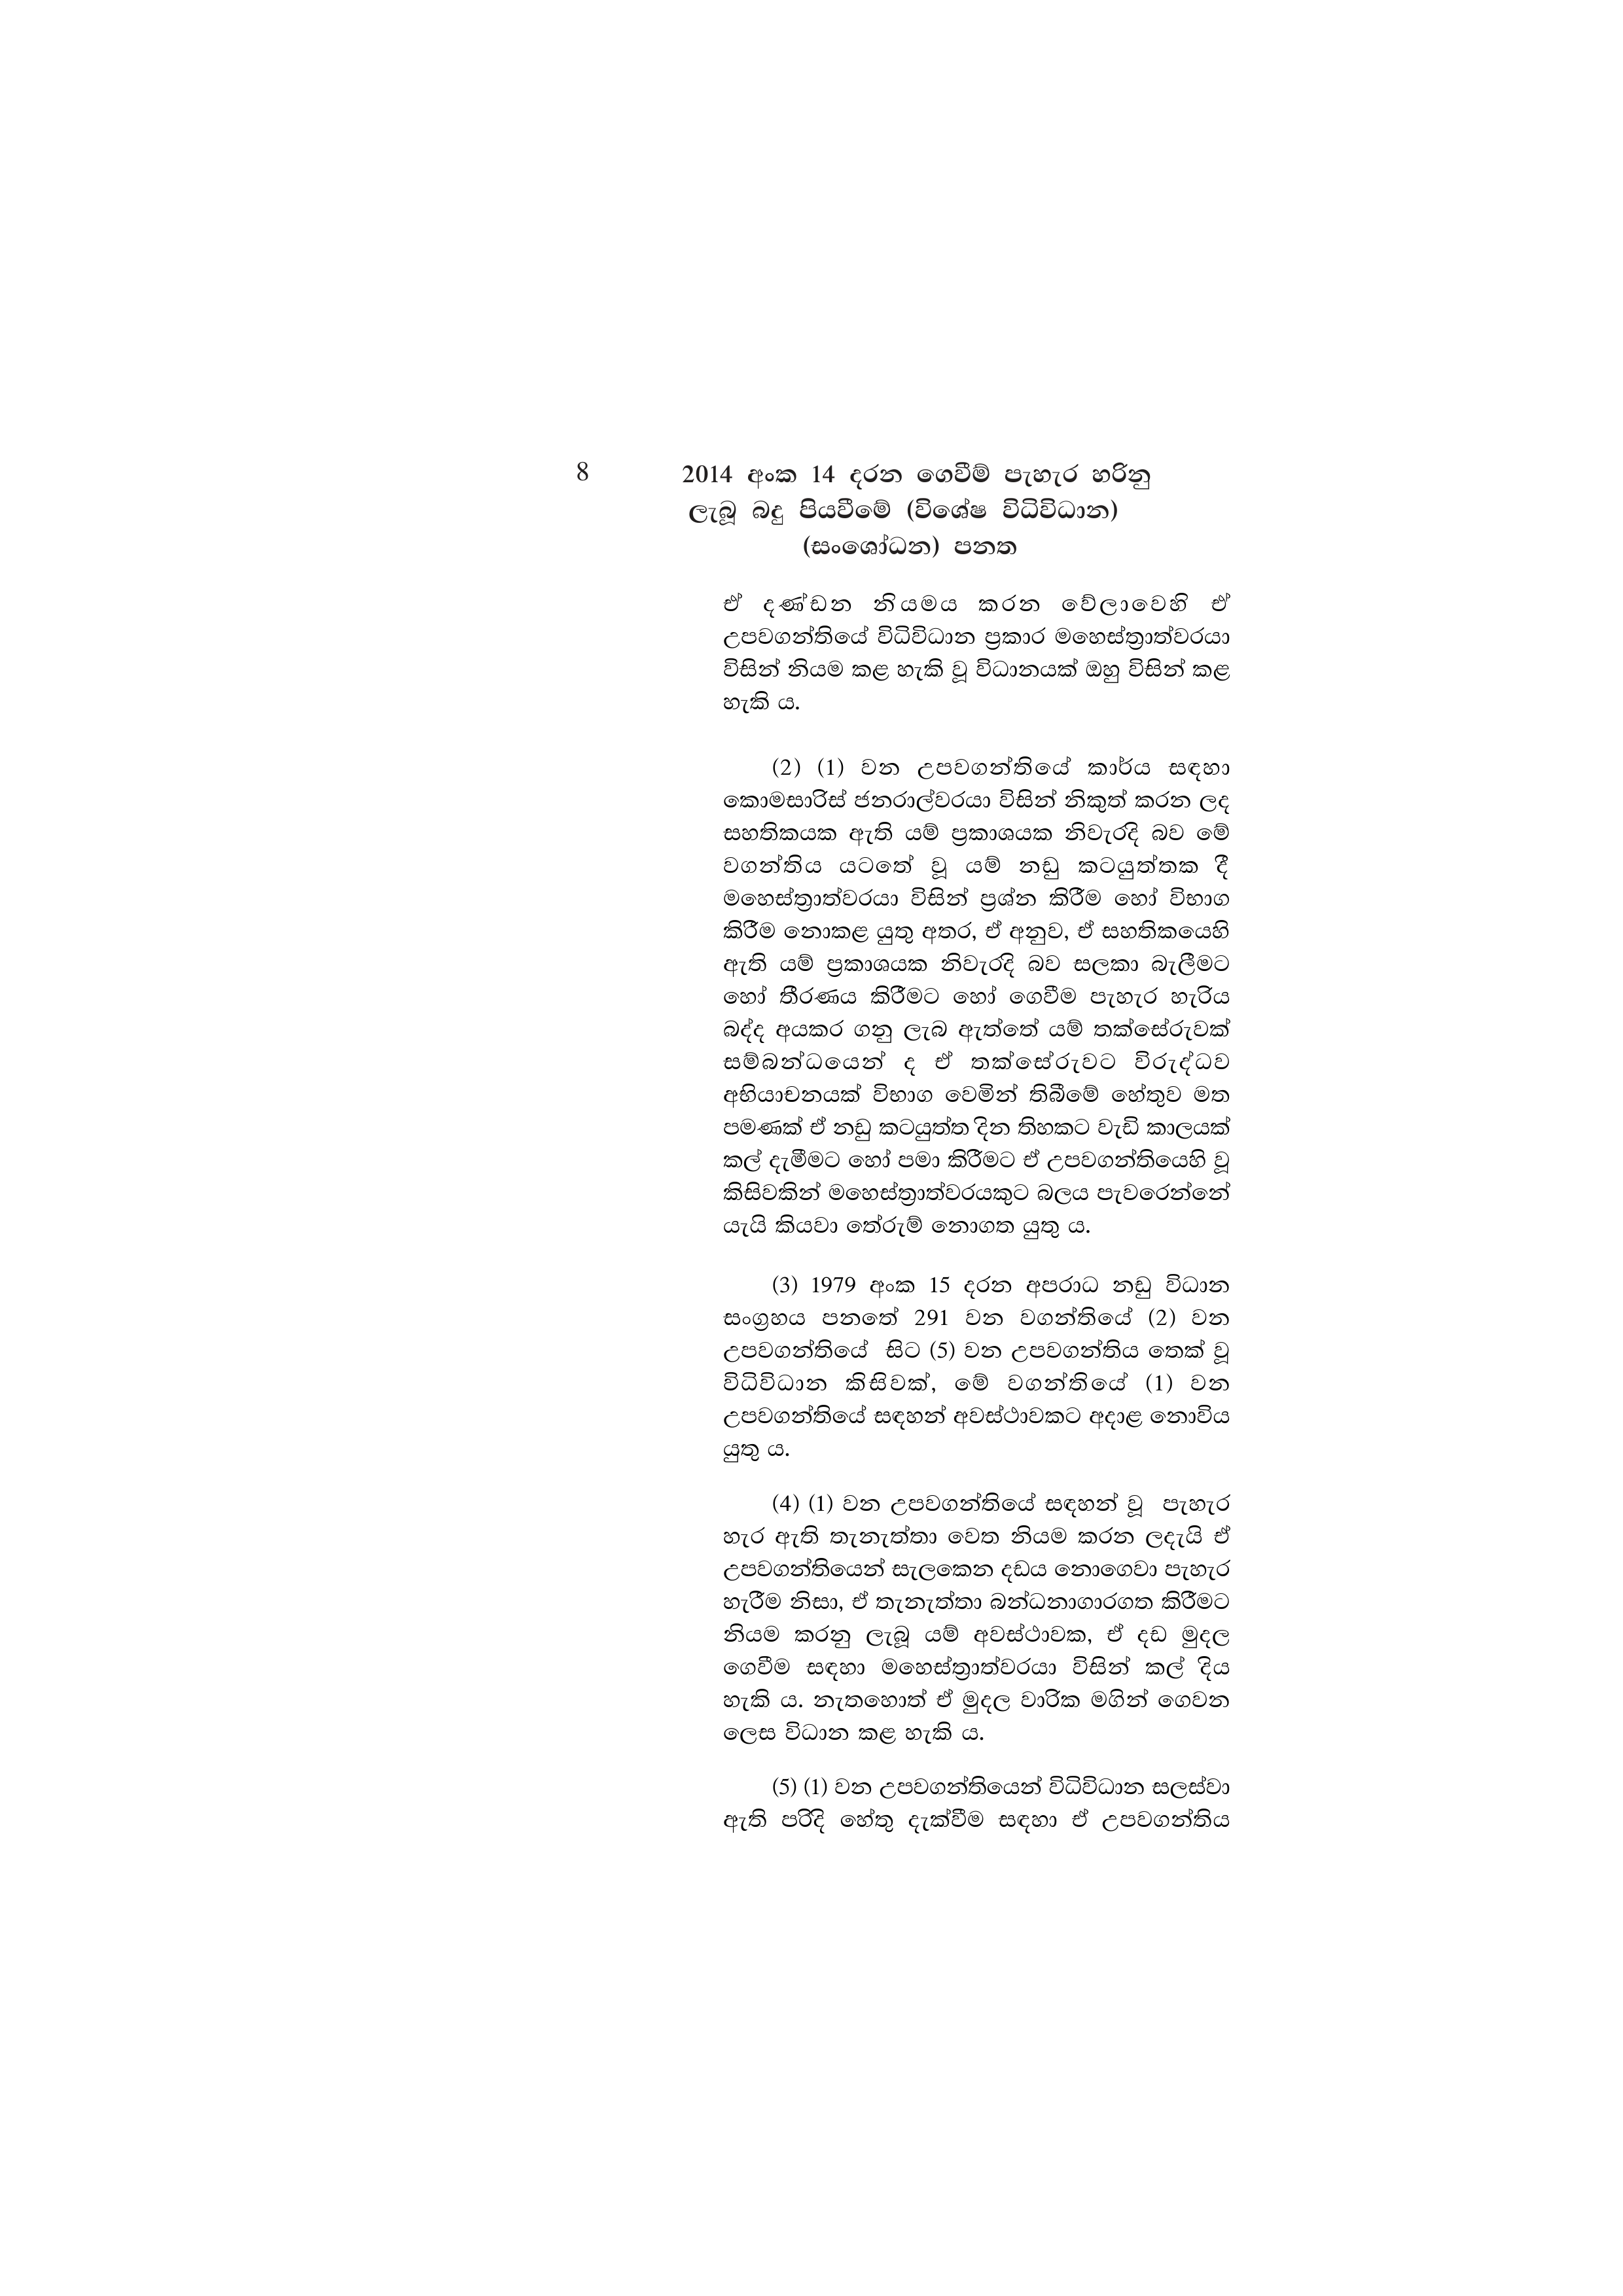
8 2014 අංක 14 දරන ගෙවීම් පැහැර හරිනු
ලැබූ බදු පියවීමේ (විශේෂ විධිවිධාන)
(සංශෝධන) පනත

ඒ දණ්ඩන නියමය කරන වේලාවෙහි ඒ
උපවගන්තියේ විධිවිධාන ප්‍රකාර මහෙස්ත්‍රාත්වරයා
විසින් නියම කළ හැකි වූ විධානයක් ඔහු විසින් කළ
හැකි ය.

(2) (1) වන උපවගන්තියේ කාර්ය සඳහා
කොමසාරිස් ජනරාල්වරයා විසින් නිකුත් කරන ලද
සහතිකයක ඇති යම් ප්‍රකාශයක නිවැරදි බව මේ
වගන්තිය යටතේ වූ යම් නඩු කටයුත්තක දී
මහෙස්ත්‍රාත්වරයා විසින් ප්‍රශ්න කිරීම හෝ විභාග
කිරීම නොකළ යුතු අතර, ඒ අනුව, ඒ සහතිකයෙහි
ඇති යම් ප්‍රකාශයක නිවැරදි බව සලකා බැලීමට
හෝ තීරණය කිරීමට හෝ ගෙවීම පැහැර හැරිය
බද්ද අයකර ගනු ලැබ ඇත්තේ යම් තක්සේරුවක්
සම්බන්ධයෙන් ද ඒ තක්සේරුවට විරුද්ධව
අභියාචනයක් විභාග වෙමින් තිබීමේ හේතුව මත
පමණක් ඒ නඩු කටයුත්ත දින තිහකට වැඩි කාලයක්
කල් දැමීමට හෝ පමා කිරීමට ඒ උපවගන්තියෙහි වූ
කිසිවකින් මහෙස්ත්‍රාත්වරයකුට බලය පැවරෙන්නේ
යැයි කියවා තේරුම් නොගත යුතු ය.

(3) 1979 අංක 15 දරන අපරාධ නඩු විධාන
සංග්‍රහය පනතේ 291 වන වගන්තියේ (2) වන
උපවගන්තියේ සිට (5) වන උපවගන්තිය තෙක් වූ
විධිවිධාන කිසිවක්, මේ වගන්තියේ (1) වන
උපවගන්තියේ සඳහන් අවස්ථාවකට අදාළ නොවිය
යුතු ය.

(4) (1) වන උපවගන්තියේ සඳහන් වූ පැහැර
හැර ඇති තැනැත්තා වෙත නියම කරන ලදැයි ඒ
උපවගන්තියෙන් සැලකෙන දඩය නොගෙවා පැහැර
හැරීම නිසා, ඒ තැනැත්තා බන්ධනාගාරගත කිරීමට
නියම කරනු ලැබූ යම් අවස්ථාවක, ඒ දඩ මුදල
ගෙවීම සඳහා මහෙස්ත්‍රාත්වරයා විසින් කල් දිය
හැකි ය. නැතහොත් ඒ මුදල වාරික මගින් ගෙවන
ලෙස විධාන කළ හැකි ය.

(5) (1) වන උපවගන්තියෙන් විධිවිධාන සලස්වා
ඇති පරිදි හේතු දැක්වීම සඳහා ඒ උපවගන්තිය